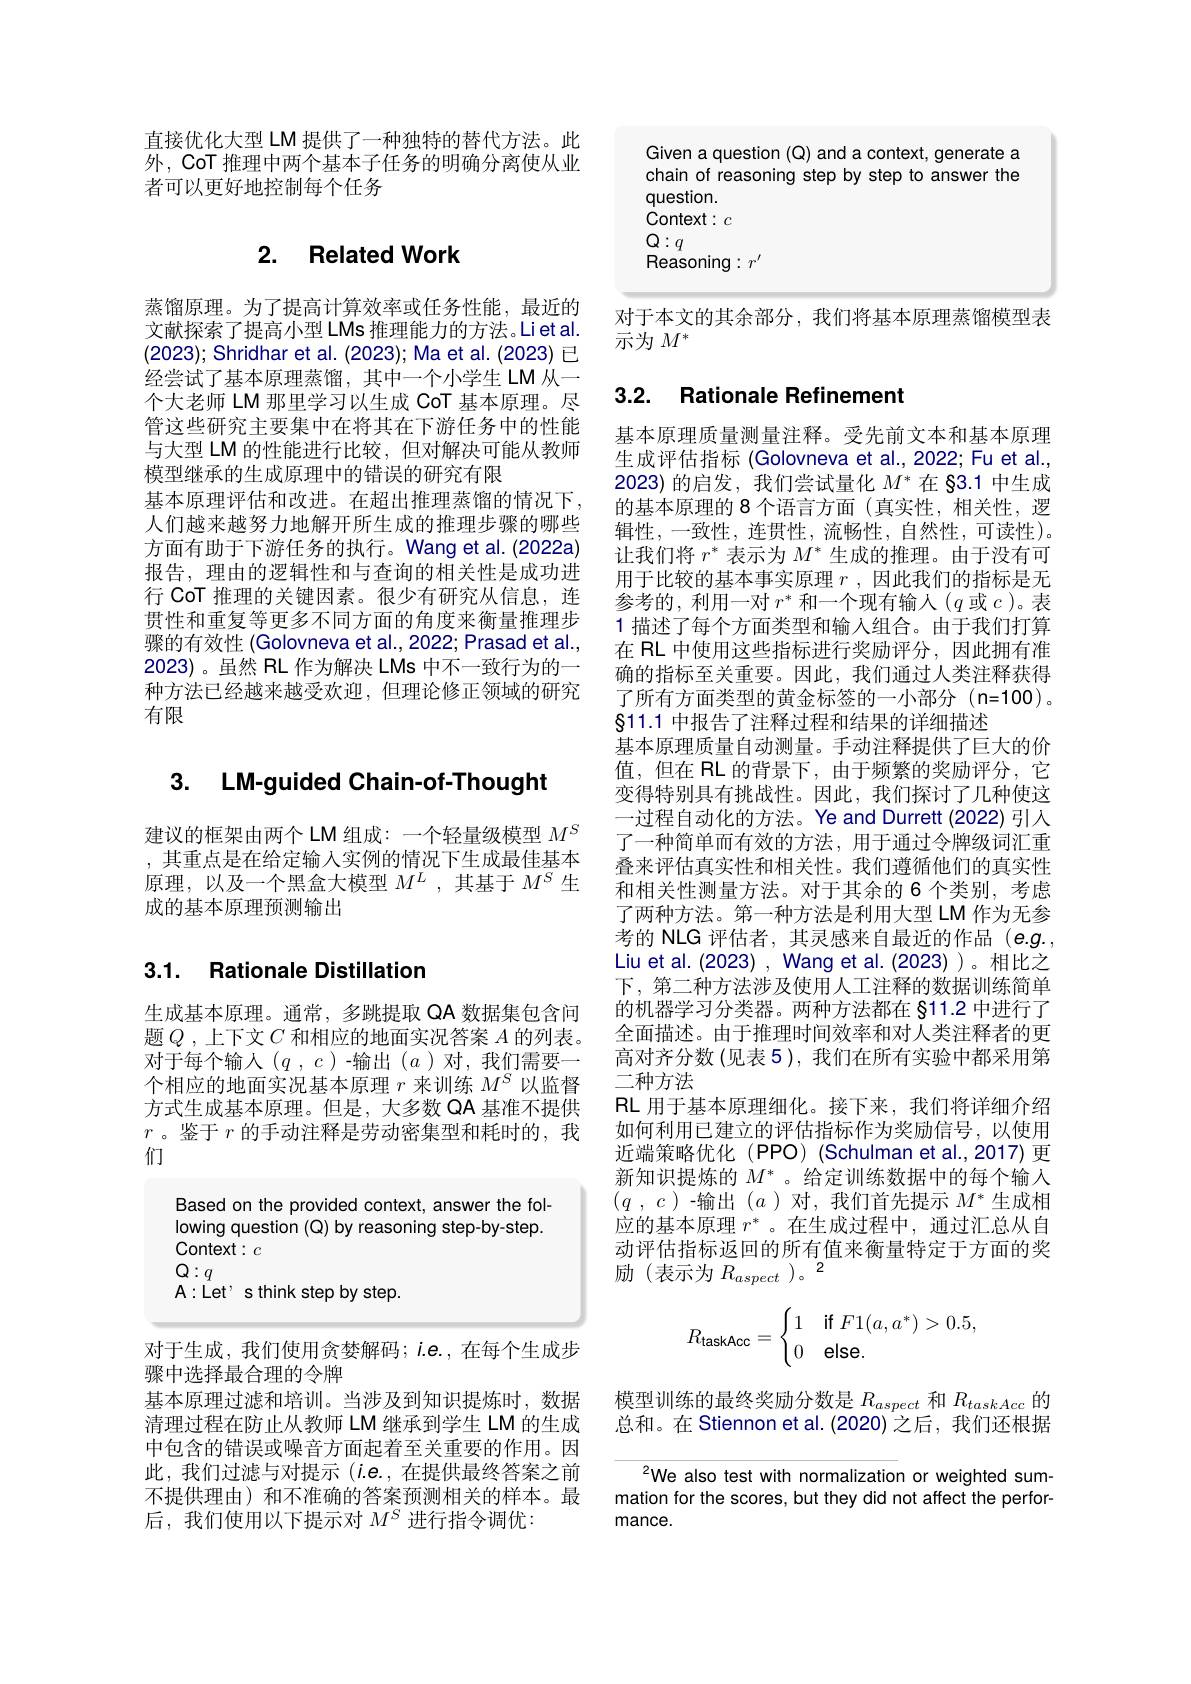
直接优化大型 LM 提供了一种独特的替代方法。此外，CoT 推理中两个基本子任务的明确分离使从业者可以更好地控制每个任务

## 2. Related Work

蒸馏原理。为了提高计算效率或任务性能，最近的文献探索了提高小型 LMs 推理能力的方法。Liet al. (2023); Shridhar et al. (2023); Ma et al. (2023) 已经尝试了基本原理蒸馏，其中一个小学生 LM 从一个大老师 LM 那里学习以生成 CoT 基本原理。尽管这些研究主要集中在将其在下游任务中的性能与大型 LM 的性能进行比较，但对解决可能从教师模型继承的生成原理中的错误的研究有限
基本原理评估和改进。在超出推理蒸馏的情况下， 人们越来越努力地解开所生成的推理步骤的哪些方面有助于下游任务的执行。Wang et al. (2022a) 报告，理由的逻辑性和与查询的相关性是成功进行 CoT 推理的关键因素。很少有研究从信息，连贯性和重复等更多不同方面的角度来衡量推理步骤的有效性 (Golovneva et al., 2022; Prasad et al., 2023)。虽然 RL 作为解决 LMs 中不一致行为的一种方法已经越来越受欢迎，但理论修正领域的研究有限

## 3. LM-guided Chain-of-Thought

建议的框架由两个 LM 组成：一个轻量级模型$M^S$ ,其重点是在给定输入实例的情况下生成最佳基本原理，以及一个黑盒大模型$M^L$,其基于$M^S$生成的基本原理预测输出

# 3.1. Rationale Distillation

生成基本原理。通常，多跳提取 QA 数据集包含问题$Q$ ,上下文$C$和相应的地面实况答案$A$的列表。对于每个输入($q,c$)-输出($a$)对，我们需要一个相应的地面实况基本原理$r$来训练$M^S$以监督方式生成基本原理。但是，大多数 QA 基准不提供$r$。鉴于$r$的手动注释是劳动密集型和耗时的，我们

Based on the provided context, answer the following question (Q) by reasoning step-by-step. Context: $c$
$\begin{array}{l}\mathbb{Q}:q\\\mathbb{A}:\mathbb{Let}^{,}\text{s think step by step.}\\\end{array}$

对于生成，我们使用贪婪解码；$i.e.$,在每个生成步
骤中选择最合理的令牌
基本原理过滤和培训。当涉及到知识提炼时，数据清理过程在防止从教师 LM 继承到学生 LM 的生成中包含的错误或噪音方面起着至关重要的作用。因此，我们过滤与对提示$(i.e.$,在提供最终答案之前不提供理由)和不准确的答案预测相关的样本。最后，我们使用以下提示对$M^S$进行指令调优：

Given a question (Q) and a context, generate a chain of reasoning step by step to answer the question. Context: c $Q:q$
Reasoning$:r^\prime$

对于本文的其余部分，我们将基本原理蒸馏模型表
示为$M^*$

# 3.2. Rationale Refinement

基本原理质量测量注释。受先前文本和基本原理生成评估指标 (Golovneva et al., 2022; Fu et al., 2023)的启发，我们尝试量化$M^*$在 §3.1 中生成的基本原理的 8 个语言方面 (真实性，相关性，逻辑性，一致性，连贯性，流畅性，自然性，可读性)。让我们将$r^*$表示为$M^*$生成的推理。由于没有可用于比较的基本事实原理$r$,因此我们的指标是无参考的，利用一对$r^*$和一个现有输人($q$或$c$)。表1 描述了每个方面类型和输入组合。由于我们打算在 RL 中使用这些指标进行奖励评分，因此拥有准确的指标至关重要。因此，我们通过人类注释获得了所有方面类型的黄金标签的一小部分(n=100)。811.1中报告了注释过程和结果的详细描述
基本原理质量自动测量。手动注释提供了巨大的价值，但在 RL 的背景下，由于频繁的奖励评分，它变得特别具有挑战性。因此，我们探讨了几种使这一过程自动化的方法。Ye and Durrett (2022) 引入了一种简单而有效的方法，用于通过令牌级词汇重叠来评估真实性和相关性。我们遵循他们的真实性和相关性测量方法。对于其余的 6 个类别，考虑了两种方法。第一种方法是利用大型 LM 作为无参考的 NLG 评估者，其灵感来自最近的作品(e.g. Liu et al. (2023) , Wang et al. (2023) )。相比之下，第二种方法涉及使用人工注释的数据训练简单的机器学习分类器。两种方法都在 §11.2 中进行了全面描述。由于推理时间效率和对人类注释者的更高对齐分数 (见表 5), 我们在所有实验中都采用第二种方法
RL 用于基本原理细化。接下来，我们将详细介绍如何利用已建立的评估指标作为奖励信号，以使用近端策略优化 (PPO) (Schulman et al.,2017) 更新知识提炼的$M^*$。给定训练数据中的每个输入$(q,c)$-输出$(a)$对，我们首先提示$M^*$生成相应的基本原理$r^*$ 。在生成过程中，通过汇总从自动评估指标返回的所有值来衡量特定于方面的奖励(表示为$R_aspect$ )。2
$$R_{\text{taskAcc}}=\begin{cases}1&\text{if}F1(a,a^*)>0.5,\\0&\text{else.}\end{cases}$$
模型训练的最终奖励分数是$R_{aspect}$和$R_{taskAcc}$的总和。在 Stiennon et al. (2020) 之后，我们还根据

$^{2}$We also test with normalization or weighted summation for the scores, but they did not affect the performance.